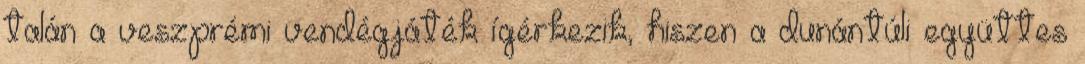
talán a veszprémi vendégjáték ígérkezik, hiszen a dunántúli együttes